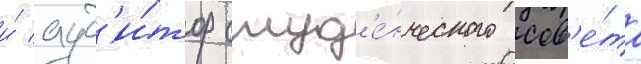
и́ ауд'и́тор студ'е́нческого сов'е́та